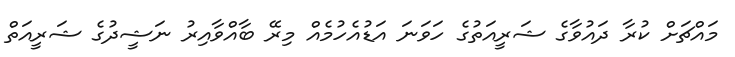
މައްޗަށް ކުރާ ދައުވާގެ ޝަރީއަތުގެ ހަވަނަ އަޑުއެހުމެއް މިރޭ ބާއްވާއިރު ނަޝީދުގެ ޝަރީއަތް